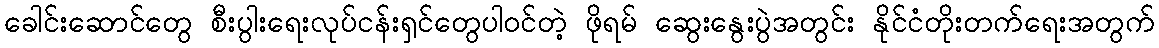
ခေါင်းဆောင်တွေ စီးပွါးရေးလုပ်ငန်းရှင်တွေပါဝင်တဲ့ ဖိုရမ် ဆွေးနွေးပွဲအတွင်း နိုင်ငံတိုးတက်ရေးအတွက်